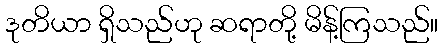
ဒုတိယာ ရှိသည်ဟု ဆရာတို့ မိန့်ကြသည်။